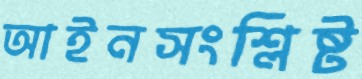
আইনসংশ্লিষ্ট